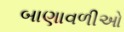
બાણાવળીઓ